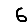
Digit: 6